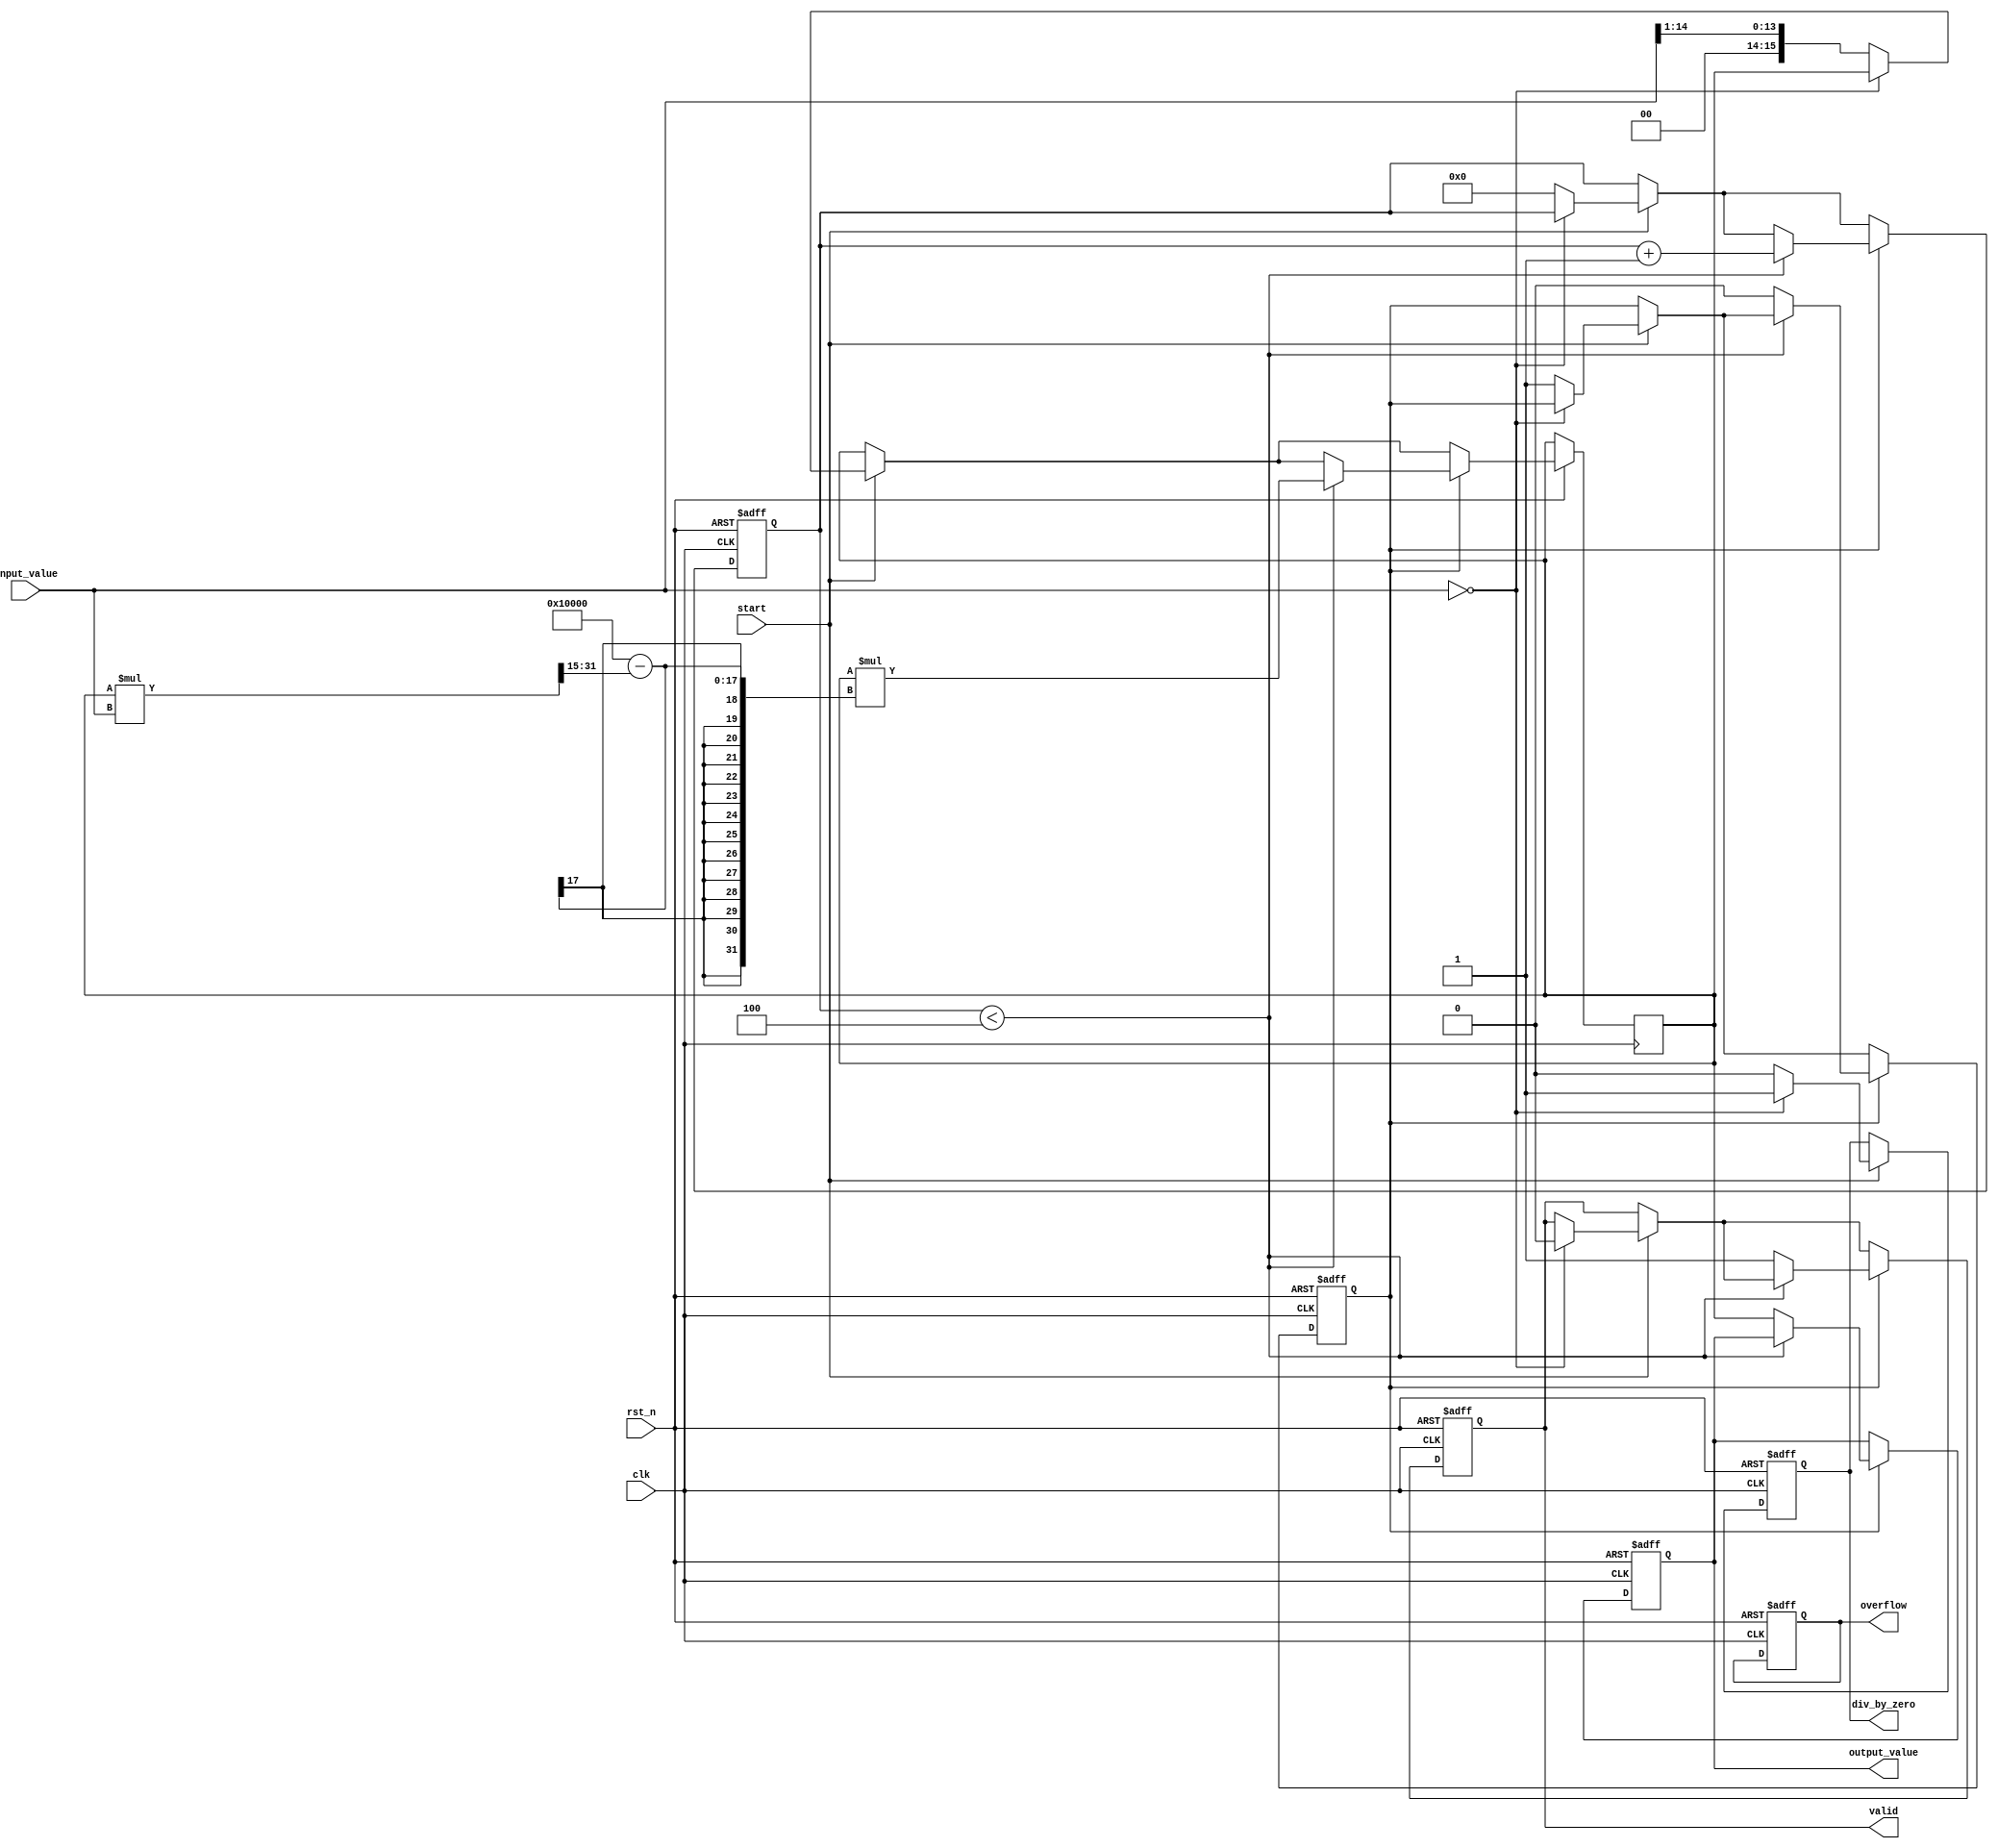
module DirectReciprocalUnit #(
    parameter WIDTH = 16,         // Width of the input and output
    parameter ITERATIONS = 4      // Number of iterations for Newton-Raphson
)(
    input  wire                   clk,            // Clock signal
    input  wire                   rst_n,          // Active low reset
    input  wire                   start,          // Start signal for calculation
    input  wire [WIDTH-1:0]      input_value,    // Input value (non-zero)
    output reg                    valid,          // Output valid signal
    output reg [WIDTH-1:0]       output_value,   // Calculated reciprocal
    output reg                    div_by_zero,    // Division by zero flag
    output reg                    overflow         // Overflow flag
);

    reg [WIDTH-1:0] x;            // Current approximation
    reg [WIDTH-1:0] r;            // Reciprocal result
    reg [3:0] iteration;          // Iteration counter
    reg processing;               // Processing state

    // Initial approximation (1/x)
    wire [WIDTH-1:0] initial_approx = {1'b0, input_value[WIDTH-2:0]} >> 1; // 1 / (input_value >> 1)

    always @(posedge clk or negedge rst_n) begin
        if (!rst_n) begin
            valid <= 1'b0;
            div_by_zero <= 1'b0;
            overflow <= 1'b0;
            output_value <= {WIDTH{1'b0}};
            processing <= 1'b0;
            iteration <= 4'b0;
        end else begin
            if (start) begin
                if (input_value == 0) begin
                    div_by_zero <= 1'b1; // Set division by zero flag
                    valid <= 1'b0;
                end else begin
                    div_by_zero <= 1'b0; // Clear division by zero flag
                    x <= initial_approx; // Set initial approximation
                    r <= initial_approx; // Set initial reciprocal
                    iteration <= 4'b0;    // Reset iteration counter
                    processing <= 1'b1;   // Start processing
                end
            end

            if (processing) begin
                if (iteration < ITERATIONS) begin
                    // Newton-Raphson iteration: x_n+1 = x_n * (2 - (x_n * input_value))
                    r <= r * (2**WIDTH - (r * input_value >> (WIDTH - 1))); // Adjust for fixed-point
                    iteration <= iteration + 1;
                end else begin
                    output_value <= r;   // Final reciprocal value
                    valid <= 1'b1;       // Set output valid
                    processing <= 1'b0;  // End processing
                end
            end
        end
    end
endmodule